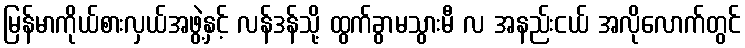
မြန်မာကိုယ်စားလှယ်အဖွဲ့နှင့် လန်ဒန်သို့ ထွက်ခွာမသွားမီ လ အနည်းငယ် အလိုလောက်တွင်